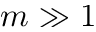
m \gg 1